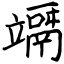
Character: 竵